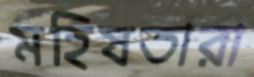
মহিষতারা